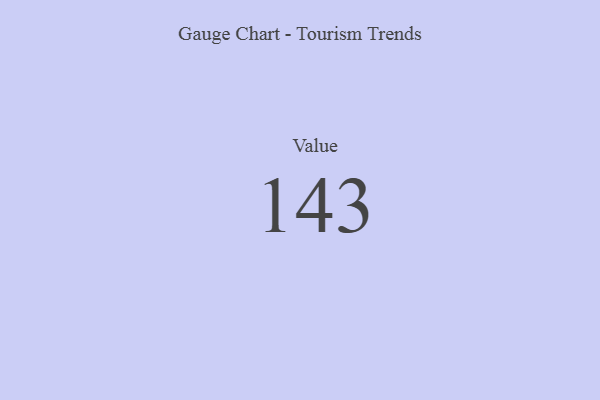
{"axis": {"x": "Metric", "y": "Value"}, "legend": [""], "data": [{"x": "Value", "y": 143, "type": ""}]}